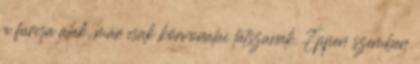
a furcsa alak, már csak körvonalai látszanak. Éppen szemben